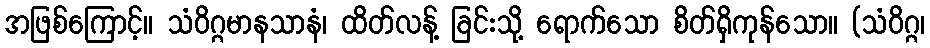
အဖြစ်ကြောင့်။ သံဝိဂ္ဂမာနသာနံ၊ ထိတ်လန့် ခြင်းသို့ ရောက်သော စိတ်ရှိကုန်သော။ (သံဝိဂ္ဂ၊